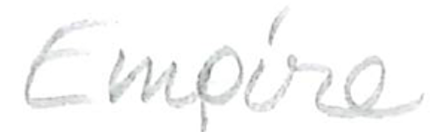
Text: Empire
Cross-out: clean
Writing tool: pencil